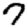
Digit: 7